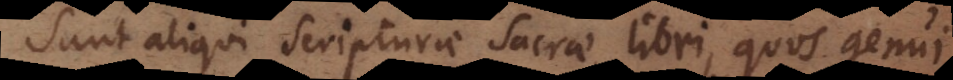
Sunt aliqui Scripturae Sacrae libri, quos genui